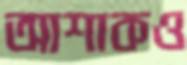
আশাকও